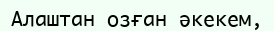
Алаштан озған әкекем,